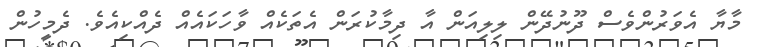
މާޔާ އެވަރުންވެސް ދޫނުދޭން ލިލިއަން އާ ދިމާކުރަން އެތަކެއް ވާހަކައެއް ދެއްކިއެވެ. ދެމީހުން